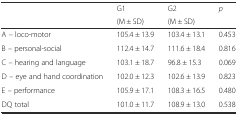
<table><thead><tr><td rowspan="2"></td><td><b>G1</b></td><td><b>G2</b></td><td rowspan="2"><b><i>p</i></b></td></tr><tr><td><b>(M ± SD)</b></td><td><b>(M ± SD)</b></td></tr></thead><tbody><tr><td>A – loco-motor</td><td>105.4 ± 13.9</td><td>103.4 ± 13.1</td><td>0.453</td></tr><tr><td>B – personal-social</td><td>112.4 ± 14.7</td><td>111.6 ± 18.4</td><td>0.816</td></tr><tr><td>C – hearing and language</td><td>103.1 ± 18.7</td><td>96.8 ± 15.3</td><td>0.069</td></tr><tr><td>D – eye and hand coordination</td><td>102.0 ± 12.3</td><td>102.6 ± 13.9</td><td>0.823</td></tr><tr><td>E – performance</td><td>105.9 ± 17.1</td><td>108.3 ± 16.5</td><td>0.480</td></tr><tr><td>DQ total</td><td>101.0 ± 11.7</td><td>108.9 ± 13.0</td><td>0.538</td></tr></tbody></table>